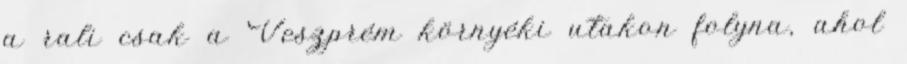
a rali csak a Veszprém környéki utakon folyna, ahol